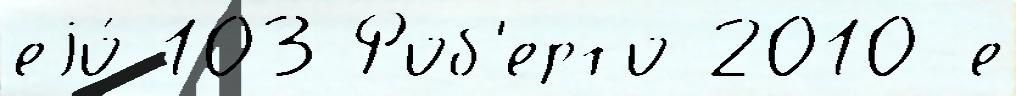
еjо́ 103 Роб'ерто 2010-е